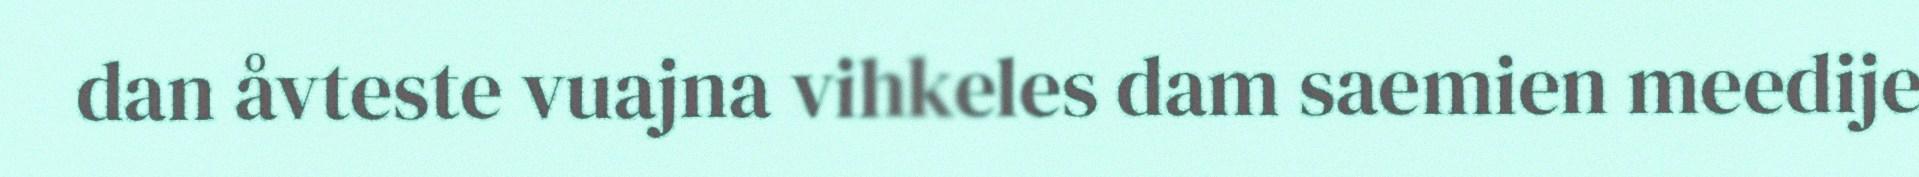
dan åvteste vuajna vihkeles dam saemien meedije